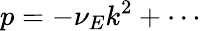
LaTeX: p=-\nu_{E}k^{2}+\cdots